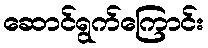
ဆောင်ရွက်ကြောင်း